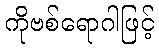
ကိုဗစ်ရောဂါဖြင့်